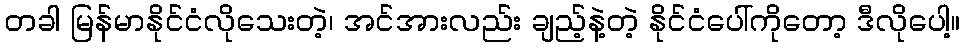
တခါ မြန်မာနိုင်ငံလိုသေးတဲ့၊ အင်အားလည်း ချည့်နဲ့တဲ့ နိုင်ငံပေါ်ကိုတော့ ဒီလိုပေါ့။